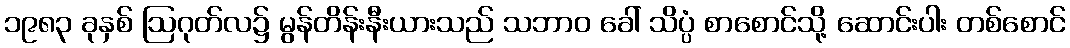
၁၉၈၃ ခုနှစ် ဩဂုတ်လ၌ မွန်တိန်းနီးယားသည် သဘာဝ ခေါ် သိပ္ပံ စာစောင်သို့ ဆောင်းပါး တစ်စောင်